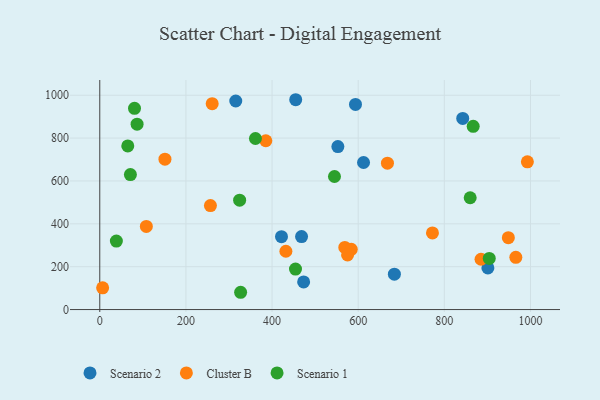
{"axis": {"x": "Price", "y": "Demand"}, "legend": ["Cluster B", "Scenario 1", "Scenario 2"], "data": [{"x": "593.7", "y": 957.0, "type": "Scenario 2"}, {"x": "421.9", "y": 339.9, "type": "Scenario 2"}, {"x": "473.3", "y": 129.0, "type": "Scenario 2"}, {"x": "842.7", "y": 891.9, "type": "Scenario 2"}, {"x": "612.4", "y": 686.0, "type": "Scenario 2"}, {"x": "901.1", "y": 194.2, "type": "Scenario 2"}, {"x": "552.8", "y": 760.2, "type": "Scenario 2"}, {"x": "468.5", "y": 340.6, "type": "Scenario 2"}, {"x": "315.7", "y": 973.0, "type": "Scenario 2"}, {"x": "684.0", "y": 164.9, "type": "Scenario 2"}, {"x": "454.9", "y": 979.0, "type": "Scenario 2"}, {"x": "256.9", "y": 484.9, "type": "Cluster B"}, {"x": "261.0", "y": 960.4, "type": "Cluster B"}, {"x": "992.8", "y": 689.4, "type": "Cluster B"}, {"x": "385.5", "y": 787.5, "type": "Cluster B"}, {"x": "6.6", "y": 101.5, "type": "Cluster B"}, {"x": "108.1", "y": 387.7, "type": "Cluster B"}, {"x": "151.3", "y": 701.7, "type": "Cluster B"}, {"x": "568.9", "y": 289.8, "type": "Cluster B"}, {"x": "583.9", "y": 280.8, "type": "Cluster B"}, {"x": "772.4", "y": 357.4, "type": "Cluster B"}, {"x": "667.9", "y": 682.9, "type": "Cluster B"}, {"x": "885.2", "y": 234.7, "type": "Cluster B"}, {"x": "432.1", "y": 271.9, "type": "Cluster B"}, {"x": "948.6", "y": 335.5, "type": "Cluster B"}, {"x": "575.3", "y": 254.9, "type": "Cluster B"}, {"x": "966.0", "y": 243.9, "type": "Cluster B"}, {"x": "860.0", "y": 521.7, "type": "Scenario 1"}, {"x": "86.6", "y": 865.0, "type": "Scenario 1"}, {"x": "867.0", "y": 854.7, "type": "Scenario 1"}, {"x": "324.7", "y": 510.3, "type": "Scenario 1"}, {"x": "38.5", "y": 319.3, "type": "Scenario 1"}, {"x": "80.6", "y": 938.9, "type": "Scenario 1"}, {"x": "361.4", "y": 798.0, "type": "Scenario 1"}, {"x": "327.0", "y": 80.6, "type": "Scenario 1"}, {"x": "904.3", "y": 238.6, "type": "Scenario 1"}, {"x": "65.0", "y": 763.6, "type": "Scenario 1"}, {"x": "71.1", "y": 629.6, "type": "Scenario 1"}, {"x": "544.9", "y": 620.7, "type": "Scenario 1"}, {"x": "454.4", "y": 188.9, "type": "Scenario 1"}]}